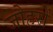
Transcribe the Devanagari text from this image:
जौहरों